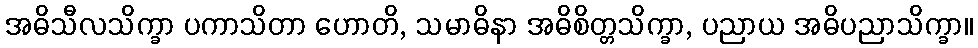
အဓိသီလသိက္ခာ ပကာသိတာ ဟောတိ, သမာဓိနာ အဓိစိတ္တသိက္ခာ, ပညာယ အဓိပညာသိက္ခာ။